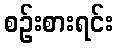
စဉ်းစားရင်း